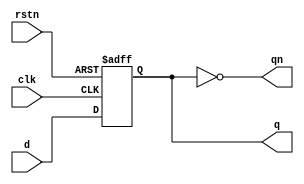
module dff (input d,  
               input clk,  
               input rstn,  
               output reg q,  
               output qn);  
   always @ (posedge clk or negedge rstn)  
      if (!rstn)  
         q <= 0;  
      else  
         q <= d;  
  
   assign qn = ~q;  
endmodule  
  
module ripple ( input clk,  
                input rstn,  
                output [3:0] out);  
   wire  q0;  
   wire  qn0;  
   wire  q1;  
   wire  qn1;  
   wire  q2;  
   wire  qn2;  
   wire  q3;  
   wire  qn3;  
  
   dff   dff0 ( .d (qn0),  
                .clk (clk),  
                .rstn (rstn),  
                .q (q0),  
                .qn (qn0));  
  
   dff   dff1 ( .d (qn1),  
                .clk (q0),  
                .rstn (rstn),  
                .q (q1),  
                .qn (qn1));  
   dff   dff2 ( .d (qn2),  
                .clk (q1),  
                .rstn (rstn),  
                .q (q2),  
                .qn (qn2));  
   dff   dff3 ( .d (qn3),  
                .clk (q2),  
                .rstn (rstn),  
                .q (q3),  
                .qn (qn3));  
   assign out = {qn3, qn2, qn1, qn0};  
endmodule